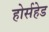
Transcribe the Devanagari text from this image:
होर्सहेड